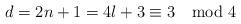
LaTeX: \begin{align*}d=2n+1=4l+3\equiv 3\mod 4\end{align*}